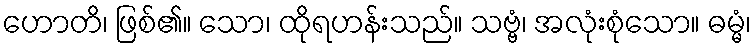
ဟောတိ၊ ဖြစ်၏။ သော၊ ထိုရဟန်းသည်။ သဗ္ဗံ၊ အလုံးစုံသော။ ဓမ္မံ၊